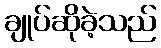
ချုပ်ဆိုခဲ့သည်